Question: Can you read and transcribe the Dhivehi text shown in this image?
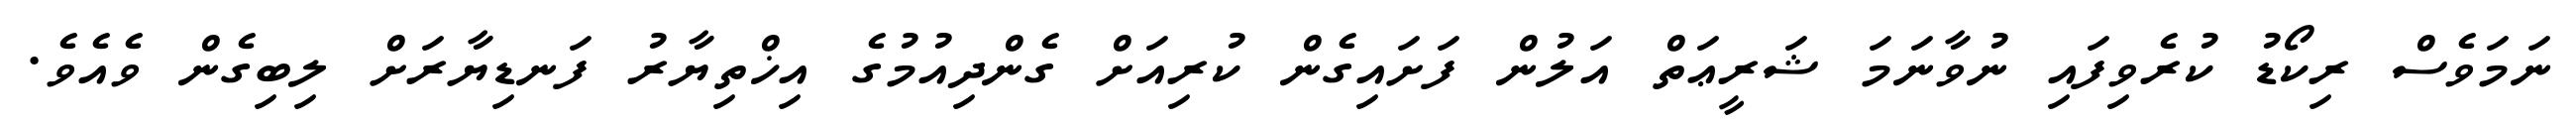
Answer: ނަމަވެސް ރިކޯޑު ކުރެވިފައި ނުވާނަމަ ޝަރީޢަތް އަލުން ފަށައިގެން ކުރިއަށް ގެންދިއުމުގެ އިޚްތިޔާރު ފަނޑިޔާރަށް ލިބިގެން ވެއެވެ.